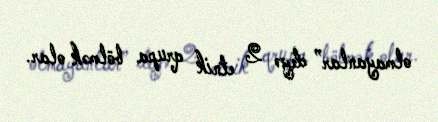
olmayanlar” deyə 2 etnik qrupa bölmək olar.